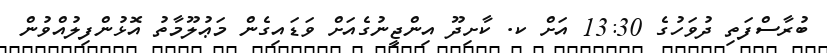
ބުރާސްފަތި ދުވަހުގެ 13:30 އަށް ކ. ކާށިދޫ އިންޖީނުގެއަށް ވަޑައިގެން މަޢުލޫމާތު އޮޅުންފިލުއްވުން